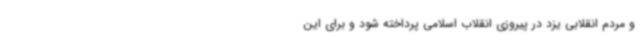
و مردم انقلابی یزد در پیروزی انقلاب اسلامی پرداخته شود و برای این